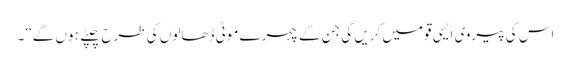
اس کی پیروی ایسی قومیں کریں گی جن کے چہرے موٹی ڈھالوں کی طرح چپٹے ہوں گے‘‘۔